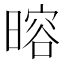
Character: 𬁎